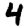
Digit: 4